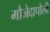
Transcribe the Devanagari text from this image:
मौजेदापोली